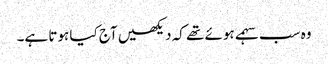
وہ سب سہمے ہوئے تھے کہ دیکھیں آج کیا ہوتا ہے۔